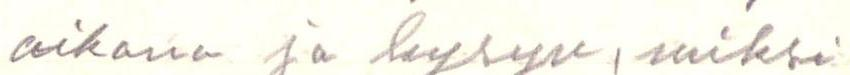
aikana ja kysyn, miksi